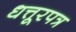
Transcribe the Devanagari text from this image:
धत्तूरपत्र